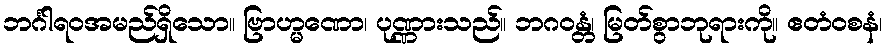
ဘင်္ဂါရဝအမည်ရှိသော။ ဗြာဟ္မဏော၊ ပုဏ္ဏားသည်။ ဘဂဝန္တံ၊ မြတ်စွာဘုရားကို။ ဧတံဝစနံ၊